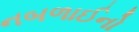
નબળાઈનો